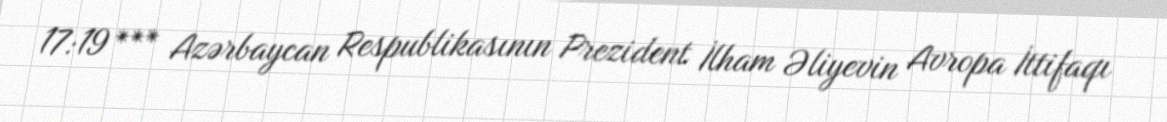
17:19 *** Azərbaycan Respublikasının Prezident İlham Əliyevin Avropa İttifaqı